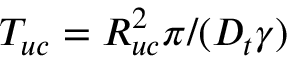
T _ { u c } = R _ { u c } ^ { 2 } \pi / ( D _ { t } \gamma )